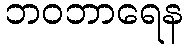
ဘဝဘာရေန